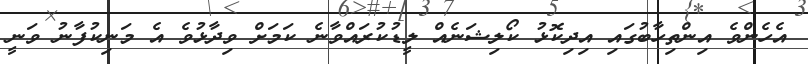
އެހެންވެ އިންތިހާބުގައި އިދިކޮޅު ކޯލިޝަނެއް ލީޑުކުރައްވާނެ ކަމަށް ވިދާޅުވެ އެ މަނިކުފާނު ވަނީ